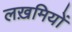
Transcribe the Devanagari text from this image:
लख़मियों